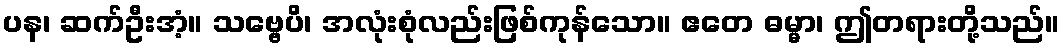
ပန၊ ဆက်ဦးအံ့။ သဗ္ဗေပိ၊ အလုံးစုံလည်းဖြစ်ကုန်သော။ ဧတေ ဓမ္မာ၊ ဤတရားတို့သည်။